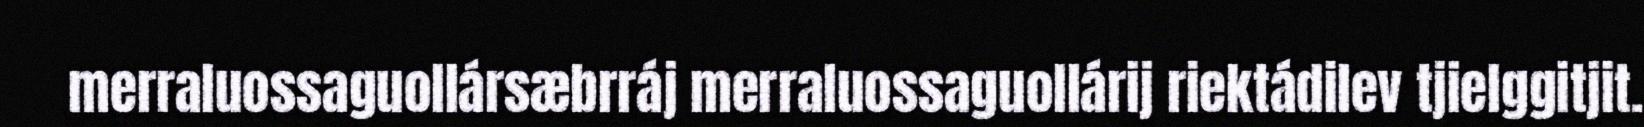
merraluossaguollársæbrráj merraluossaguollárij riektádilev tjielggitjit.